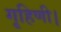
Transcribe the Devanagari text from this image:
गृहिणी।